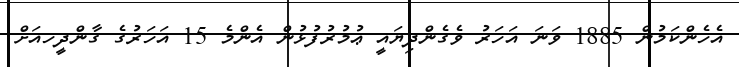
އެހެންކަމުން 1885 ވަނަ އަހަރު ވެގެންދިޔައީ ޢުމުރުފުޅުން އެންމެ 15 އަހަރުގެ ގާންދީހއަށް